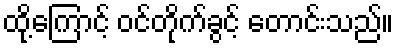
ထို့ကြောင့် ဝင်တိုက်ခွင့် တောင်းသည်။